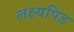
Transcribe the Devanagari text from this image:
लक्ष्यपिंड